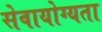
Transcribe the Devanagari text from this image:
सेवायोग्यता